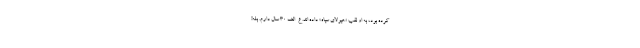
کرده بود، به او لقب «هیولای سیاه» داده اند. ع-الف ۳۰ سال دارم. بله!